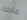
عادلة